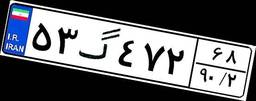
۵۳گ۴۷۲۶۸